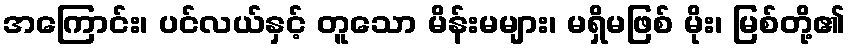
အကြောင်း၊ ပင်လယ်နှင့် တူသော မိန်းမများ၊ မရှိမဖြစ် မိုး၊ မြစ်တို့၏